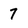
Character: 7